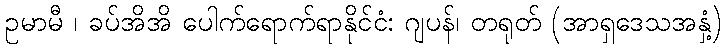
ဥမာမီ ၊ ခပ်အိအိ ပေါက်ရောက်ရာနိုင်ငံ: ဂျပန်၊ တရုတ် (အာရှဒေသအနှံ့)